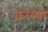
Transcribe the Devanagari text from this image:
कात्र्या